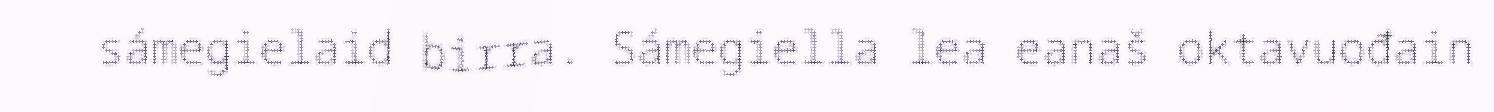
sámegielaid birra. Sámegiella lea eanaš oktavuođain